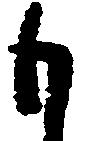
も